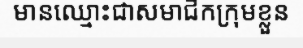
មានឈ្មោះជាសមាជិកក្រុមខ្លួន